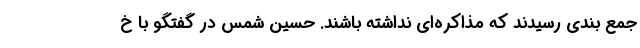
جمع بندی رسیدند که مذاکره‌ای نداشته باشند. حسین شمس در گفتگو با خ